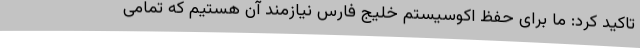
تاکید کرد: ما برای حفظ اکوسیستم خلیج فارس نیازمند آن هستیم که تمامی